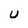
Character: U